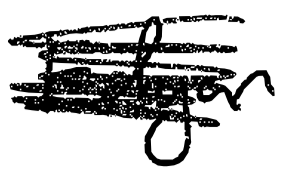
Text: Edgar
Cross-out: scratch
Writing tool: digital_black